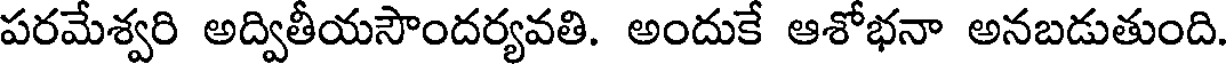
పరమేశ్వరి అద్వితీయసౌందర్యవతి. అందుకే ఆశోభనా అనబడుతుంది.